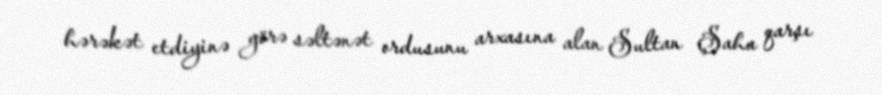
hərəkət etdiyinə görə səltənət ordusunu arxasına alan Sultan Şaha qarşı